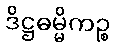
ဒိဋ္ဌဓမ္မိကဉ္စ